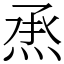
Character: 𤉋